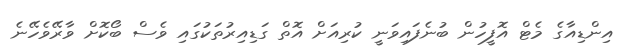
އިންޑިއާގެ މެޓް އޮފީހުން ބުނެފައިވަނީ ކުރިއަށް އޮތް ގަޑިއިރުތަކުގައި ވެސް ބޯކޮށް ވާރޭވެހޭނެ